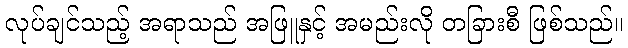
လုပ်ချင်သည့် အရာသည် အဖြူနှင့် အမည်းလို တခြားစီ ဖြစ်သည်။